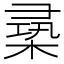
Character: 𣕡